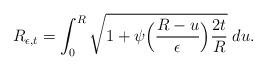
LaTeX: \begin{align*}R_{\epsilon,t} = \int_0^R \sqrt{1 + \psi\Big(\frac{R-u}{\epsilon}\Big)\frac{2t}{R}} \; du.\end{align*}